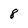
Character: 8